Leningradi_Edasi_toimetus, lk 27
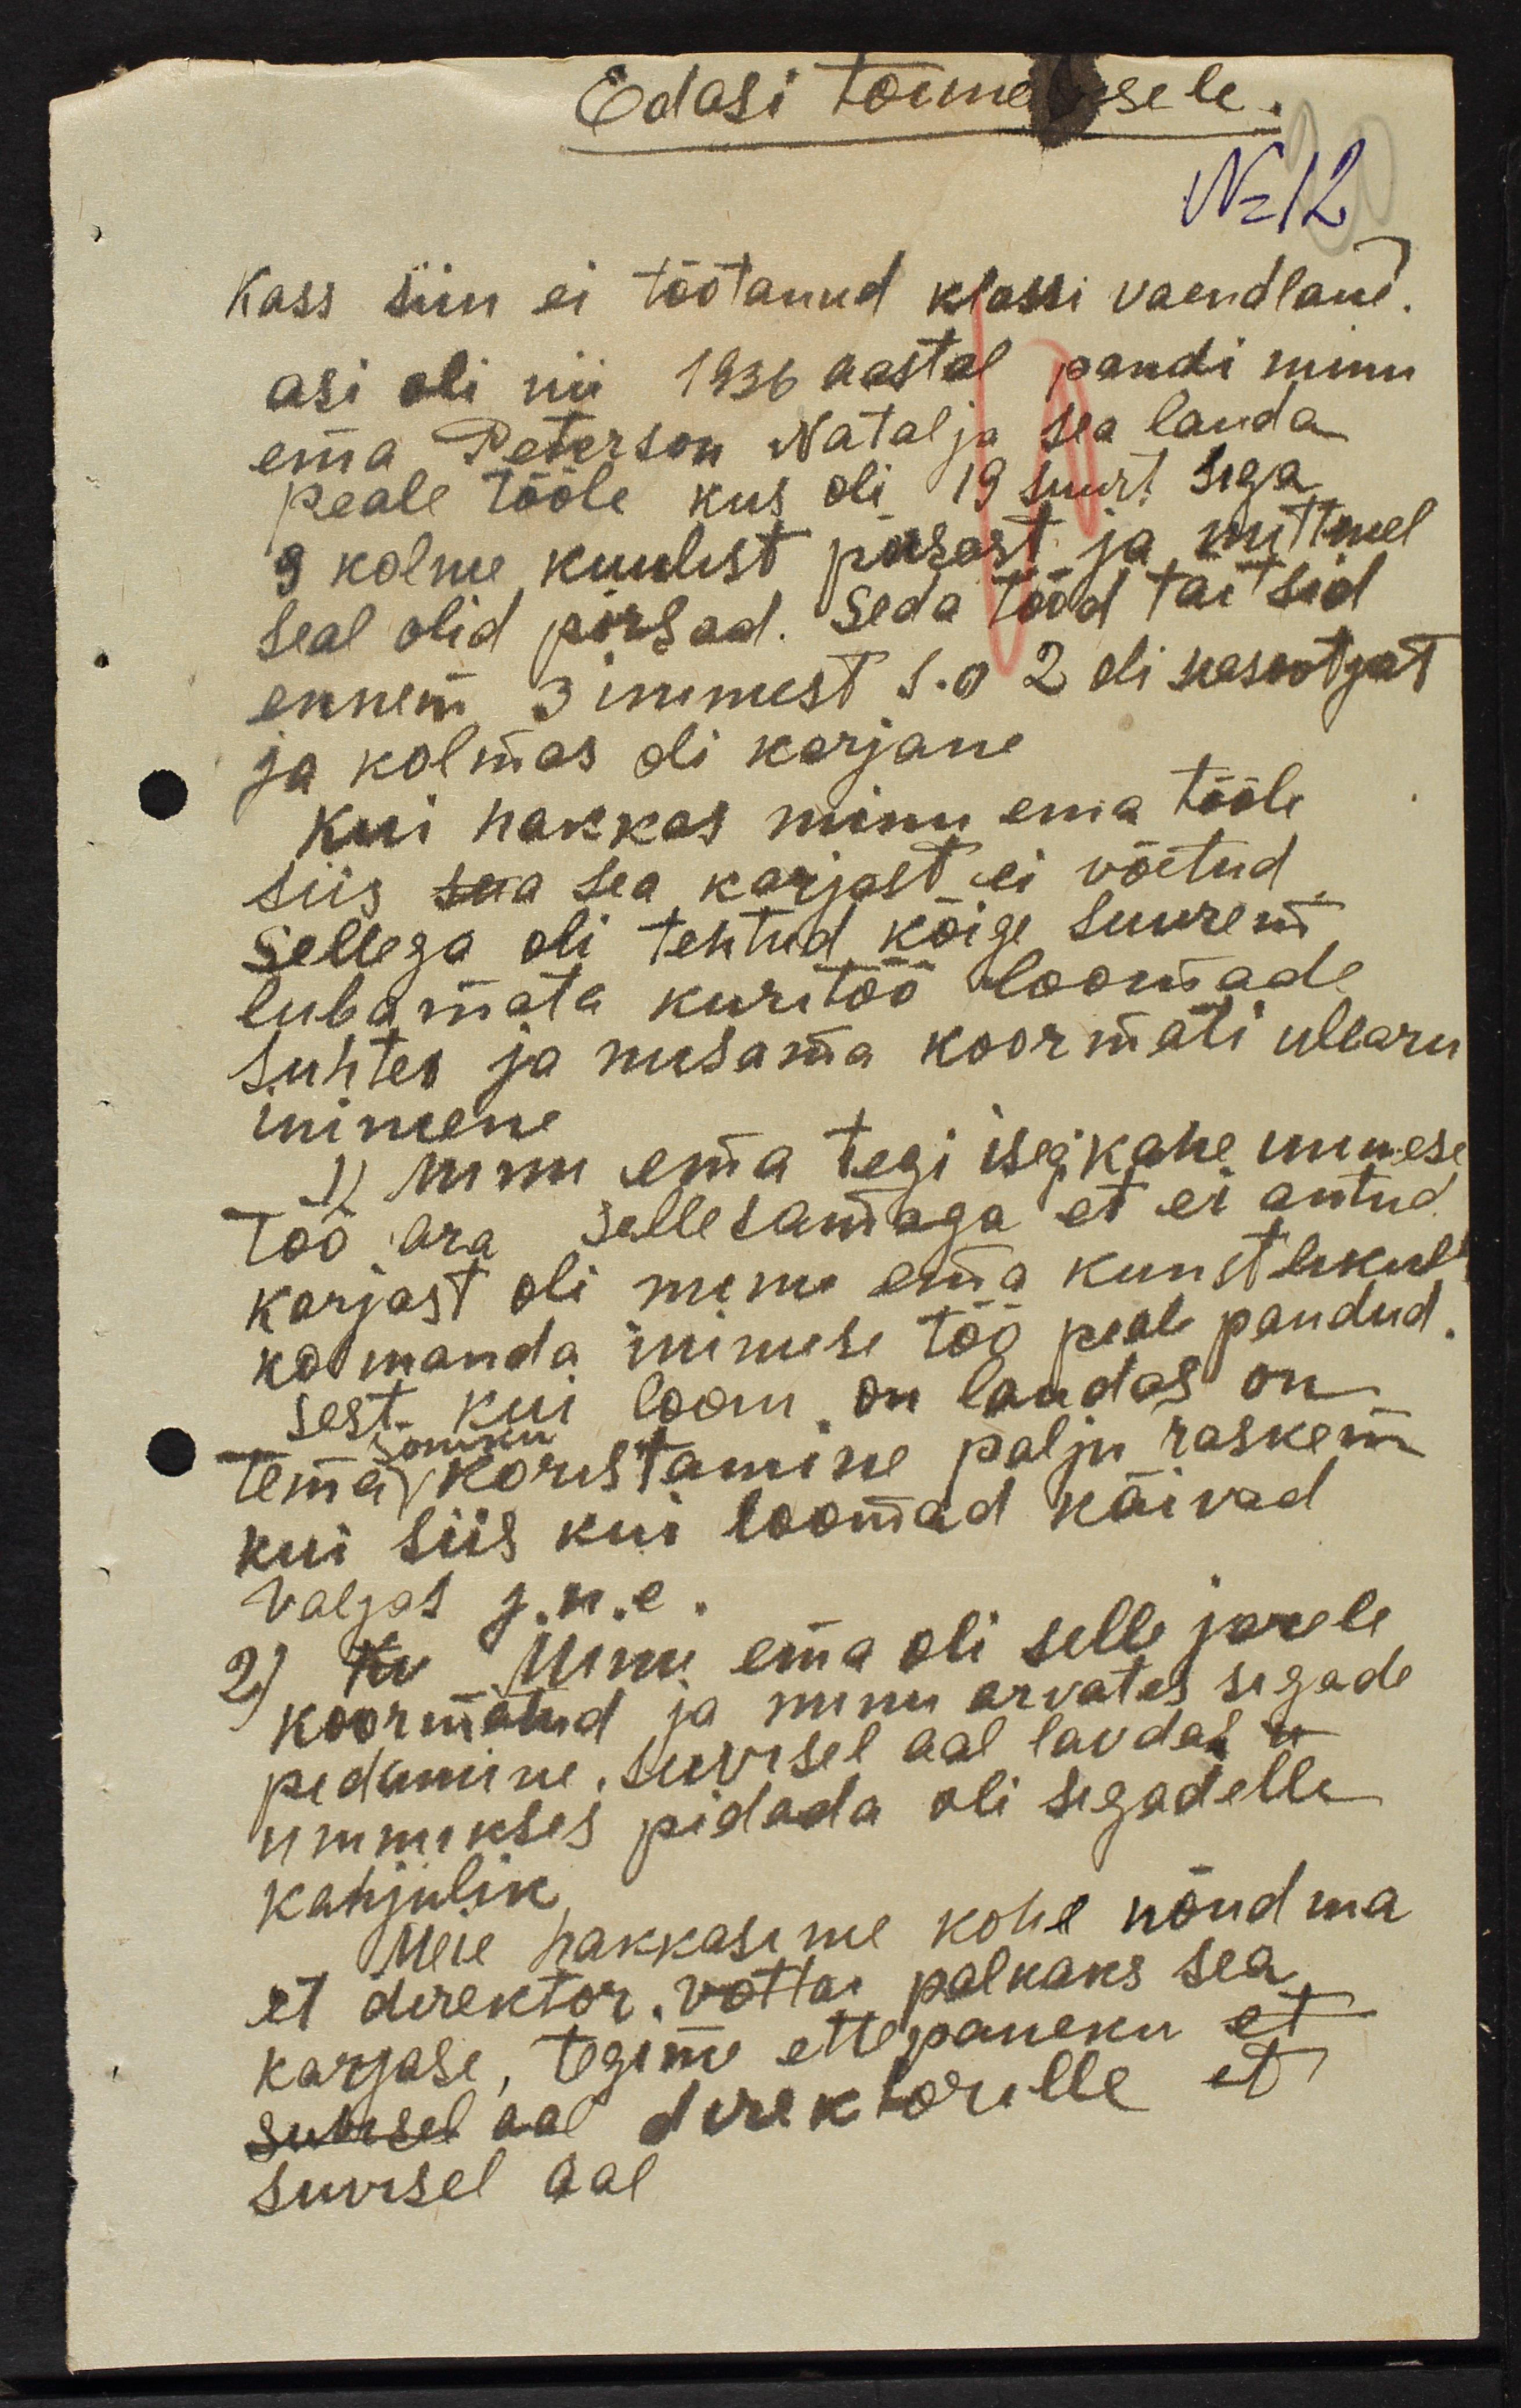
Edasi toimetusele
Nr 12
Kass siin ei töötanud klassi vaendlane?
asi oli nii 1936 aastal pandi minu
ema Peterson Natalja sea lauda
peale tööle kus oli 19 suurt siga
9 kolme kuulist põrast ja mittmel
seal olid põrsad. Seda tööd täitsid
ennem 3 inimest s.o 2 oli seasootjat
ja kolmas oli karjane.
kui hakkas minu ema tööle
siis sua sea karjast ei võetud
Sellega oli tehtud kõige suurem
lubamata kuritöö loomade
suhtes ja niisama koormati ülearu
inimene
1) minu ema tegi isegi kahe inimese
töö ära selle samaga et ei antud
karjast oli minu ema kunstlikult
kolmanda inimese töö peale pandud.
sest kui loom on laudas on
tema sõnniku koristamine palju raskem
kui siis kui loomad käivad
valjas j.n.e.
2) Ku Minu ema oli selle järele
koormatud ja minu arvates sigade
pidamine, suvisel aal laudal n
ummikses pidada oli sigadelle
kahjulik
Meie hakkasime kohe nõudma
et direktor võtta palkaks sea
karjase, tegime ettepaneku et
suvisel aal direktorille et
suvisel aal